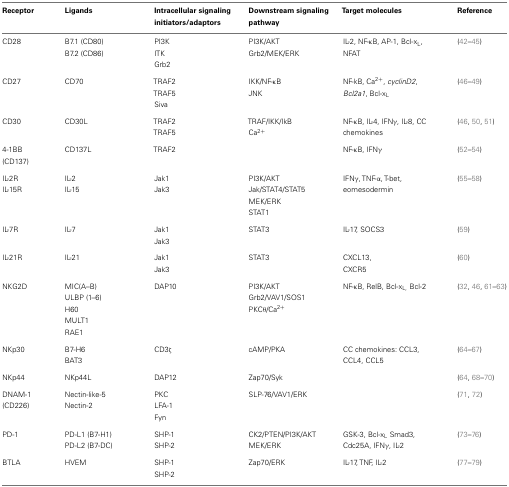
<table><thead><tr><td><b>Receptor</b></td><td><b>Ligands</b></td><td><b>Intracellular signaling initiators/adaptors</b></td><td><b>Downstream signaling pathway</b></td><td><b>Target molecules</b></td><td><b>Reference</b></td></tr></thead><tbody><tr><td>CD28</td><td>B7.1 (CD80) B7.2 (CD86)</td><td>PI3K ITK Grb2</td><td>PI3K/AKT Grb2/MEK/ERK</td><td>IL-2, NF-κB, AP-1, Bcl-x<sub>L</sub>, NFAT</td><td>(42–45)</td></tr><tr><td>CD27</td><td>CD70</td><td>TRAF2 TRAF5 Siva</td><td>IKK/NF-κB JNK</td><td>NF-kB, Ca<sup>2+</sup>, <i>cyclinD2</i>, <i>Bcl2a1</i>, Bcl-x<sub>L</sub></td><td>(46–49)</td></tr><tr><td>CD30</td><td>CD30L</td><td>TRAF2 TRAF5</td><td>TRAF/IKK/IkB Ca<sup>2+</sup></td><td>NF-κB, IL-4, IFNγ, IL-8, CC chemokines</td><td>(46, 50, 51)</td></tr><tr><td>4-1BB (CD137)</td><td>CD137L</td><td>TRAF2</td><td></td><td>NF-κB, IFNγ</td><td>(52 –54)</td></tr><tr><td>IL-2R IL-15R</td><td>IL-2 IL-15</td><td>Jak1 Jak3</td><td>PI3K/AKT Jak/STAT4/STAT5 MEK/ERK STAT1</td><td>IFNγ, TNF-α, T-bet, eomesodermin</td><td>(55–58)</td></tr><tr><td>IL-7R</td><td>IL-7</td><td>Jak1 Jak3</td><td>STAT3</td><td>IL-17, SOCS3</td><td>(59)</td></tr><tr><td>IL-21R</td><td>IL-21</td><td>Jak1 Jak3</td><td>STAT3</td><td>CXCL13, CXCR5</td><td>(60)</td></tr><tr><td>NKG2D</td><td>MIC(A–B)</td><td>DAP10</td><td>PI3K/AKT</td><td>NF-κB, RelB, Bcl-x<sub>L</sub>, Bcl-2</td><td>(32, 46, 61–63)</td></tr><tr><td></td><td>ULBP (1–6)</td><td></td><td>Grb2/VAV1/SOS1</td><td></td></tr><tr><td></td><td>H60</td><td></td><td>PKCθ/Ca<sup>2+</sup></td><td></td></tr><tr><td></td><td>MULT1</td><td></td></tr><tr><td></td><td>RAE1</td><td></td></tr><tr><td>NKp30</td><td>B7-H6 BAT3</td><td>CD3ζ</td><td>cAMP/PKA</td><td>CC chemokines: CCL3, CCL4, CCL5</td><td>(64–67)</td></tr><tr><td>NKp44</td><td>NKp44L</td><td>DAP12</td><td>Zap70/Syk</td><td></td><td>(64, 68–70)</td></tr><tr><td>DNAM-1 (CD226)</td><td>Nectin-like-5 Nectin-2</td><td>PKC LFA-1 Fyn</td><td>SLP-76/VAV1/ERK</td><td></td><td>(71, 72)</td></tr><tr><td>PD-1</td><td>PD-L1 (B7-H1) PD-L2 (B7-DC)</td><td>SHP-1 SHP-2</td><td>CK2/PTEN/PI3K/AKT MEK/ERK</td><td>GSK-3, Bcl-x<sub>L</sub> Smad3, Cdc25A, IFNγ, IL-2</td><td>(73–76)</td></tr><tr><td>BTLA</td><td>HVEM</td><td>SHP-1</td><td>Zap70/ERK</td><td>IL-17, TNF, IL-2</td><td>(77–79)</td></tr><tr><td></td><td></td><td>SHP-2</td><td></td></tr></tbody></table>